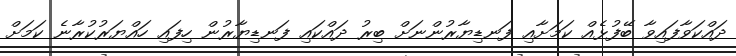
ދައްކަވާފައިވާ ބޭފުޅެއް ކަމަށާއި ފަނޑިޔާރުންނަށް ބިރު ދައްކައި ފަނޑިޔާރުން ހިފައި ހައްޔަރުކުރާނެ ކަމަށް